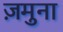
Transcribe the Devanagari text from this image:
ज़मुना